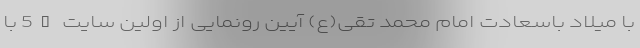
با میلاد باسعادت امام محمد تقی(ع) آیین رونمایی از اولین سایت 5G با